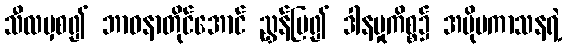
သီလမှစ၍ ဘာဝနာတိုင်အောင် ညွှန်ပြ၍ ဒါနမှုကိစ္စ၌ အပိုပကာသနရဲ့